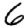
Digit: 6